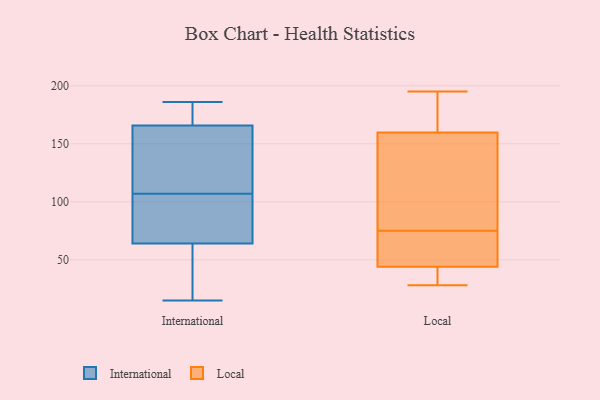
{"axis": {"x": "Market Share (%)", "y": "Value"}, "legend": ["International", "Local"], "data": [{"x": "", "y": 163, "type": "International"}, {"x": "", "y": 127, "type": "International"}, {"x": "", "y": 174, "type": "International"}, {"x": "", "y": 15, "type": "International"}, {"x": "", "y": 82, "type": "International"}, {"x": "", "y": 183, "type": "International"}, {"x": "", "y": 46, "type": "International"}, {"x": "", "y": 42, "type": "International"}, {"x": "", "y": 107, "type": "International"}, {"x": "", "y": 70, "type": "International"}, {"x": "", "y": 186, "type": "International"}, {"x": "", "y": 98, "type": "International"}, {"x": "", "y": 145, "type": "International"}, {"x": "", "y": 28, "type": "Local"}, {"x": "", "y": 75, "type": "Local"}, {"x": "", "y": 114, "type": "Local"}, {"x": "", "y": 55, "type": "Local"}, {"x": "", "y": 44, "type": "Local"}, {"x": "", "y": 181, "type": "Local"}, {"x": "", "y": 170, "type": "Local"}, {"x": "", "y": 44, "type": "Local"}, {"x": "", "y": 33, "type": "Local"}, {"x": "", "y": 195, "type": "Local"}, {"x": "", "y": 129, "type": "Local"}]}